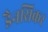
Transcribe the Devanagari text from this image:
डैनसिकर